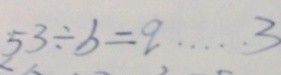
5 3 \div b = q \cdots 3